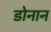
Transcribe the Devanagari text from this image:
डोनान